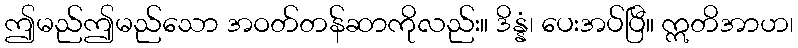
ဤမည်ဤမည်သော အဝတ်တန်ဆာကိုလည်း။ ဒိန္နံ၊ ပေးအပ်ပြီ။ ဣတိအာဟ၊